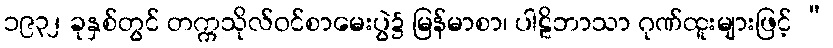
၁၉၃၂ ခုနှစ်တွင် တက္ကသိုလ်ဝင်စာမေးပွဲ၌ မြန်မာစာ၊ ပါဠိဘာသာ ဂုဏ်ထူးများဖြင့် “